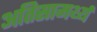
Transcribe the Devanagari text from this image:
अतिसामर्थ्य